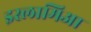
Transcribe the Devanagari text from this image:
इस्लामिआ